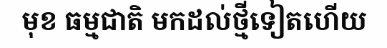
មុខ ធម្មជាតិ មកដល់ថ្មីទៀតហើយ